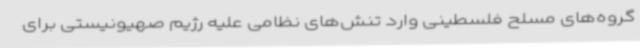
گروه‌های مسلح فلسطینی وارد تنش‌های نظامی علیه رژیم صهیونیستی برای